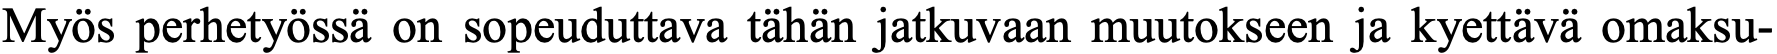
Myös perhetyössä on sopeuduttava tähän jatkuvaan muutokseen ja kyettävä omaksu-